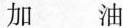
加 油